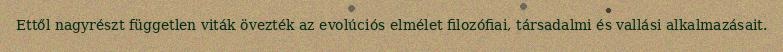
Ettől nagyrészt független viták övezték az evolúciós elmélet filozófiai, társadalmi és vallási alkalmazásait.